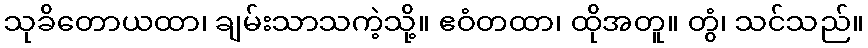
သုခိတောယထာ၊ ချမ်းသာသကဲ့သို့။ ဧဝံတထာ၊ ထိုအတူ။ တွံ၊ သင်သည်။